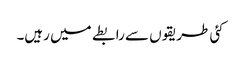
کئی طریقوں سے رابطے میں رہیں۔